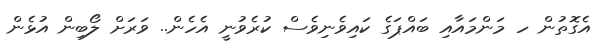
އެގޮތުން ހ މަންމައާއި ބައްޕަގެ ކައިވެނިވެސް ކުރެވުނީ އެހެން.. ވަރަށް ލޯބިން އުޅެން